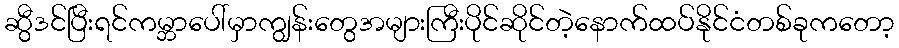
ဆွီဒင်ပြီးရင်ကမ္ဘာပေါ်မှာကျွန်းတွေအများကြီးပိုင်ဆိုင်တဲ့နောက်ထပ်နိုင်ငံတစ်ခုကတော့